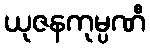
ယုဇနကုမ္ပဏီ